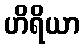
ဟိရိယာ